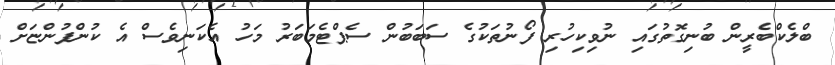
ބްލެކްބެރީން ބުނިގޮތުގައި ނުވިކިހުރި ފޯނުތަކުގެ ސަބަބުން ސެޕްޓެމަބަރު މަހު އެކަނިވެސް އެ ކުންފުންޏަށް